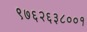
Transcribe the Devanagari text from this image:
९७६२६३८००१